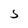
Character: S